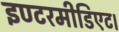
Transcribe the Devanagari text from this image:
इण्टरमीडिएट।